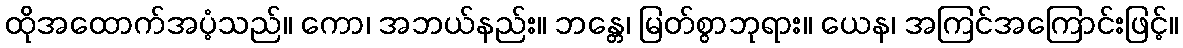
ထိုအထောက်အပံ့သည်။ ကော၊ အဘယ်နည်း။ ဘန္တေ၊ မြတ်စွာဘုရား။ ယေန၊ အကြင်အကြောင်းဖြင့်။